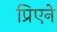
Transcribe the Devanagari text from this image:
प्रिएने